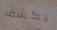
يكشف